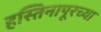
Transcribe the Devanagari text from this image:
हस्तिनापूरच्या